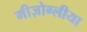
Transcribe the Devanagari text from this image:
मीज़ोग्लीया